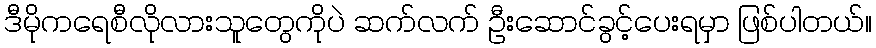
ဒီမိုကရေစီလိုလားသူတွေကိုပဲ ဆက်လက် ဦးဆောင်ခွင့်ပေးရမှာ ဖြစ်ပါတယ်။